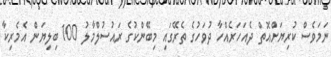
ނަމަވެސް ކުރިޔަށްއޮތް ދެއަހަރެއްހާ ދުވަހުގެ ތެރޭގައި މިބޭންކުގެ ރައުސުލްމާލު 100 ބިލިޔަން އެމެރިކާ